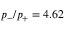
p _ { - } / p _ { + } = 4 . 6 2